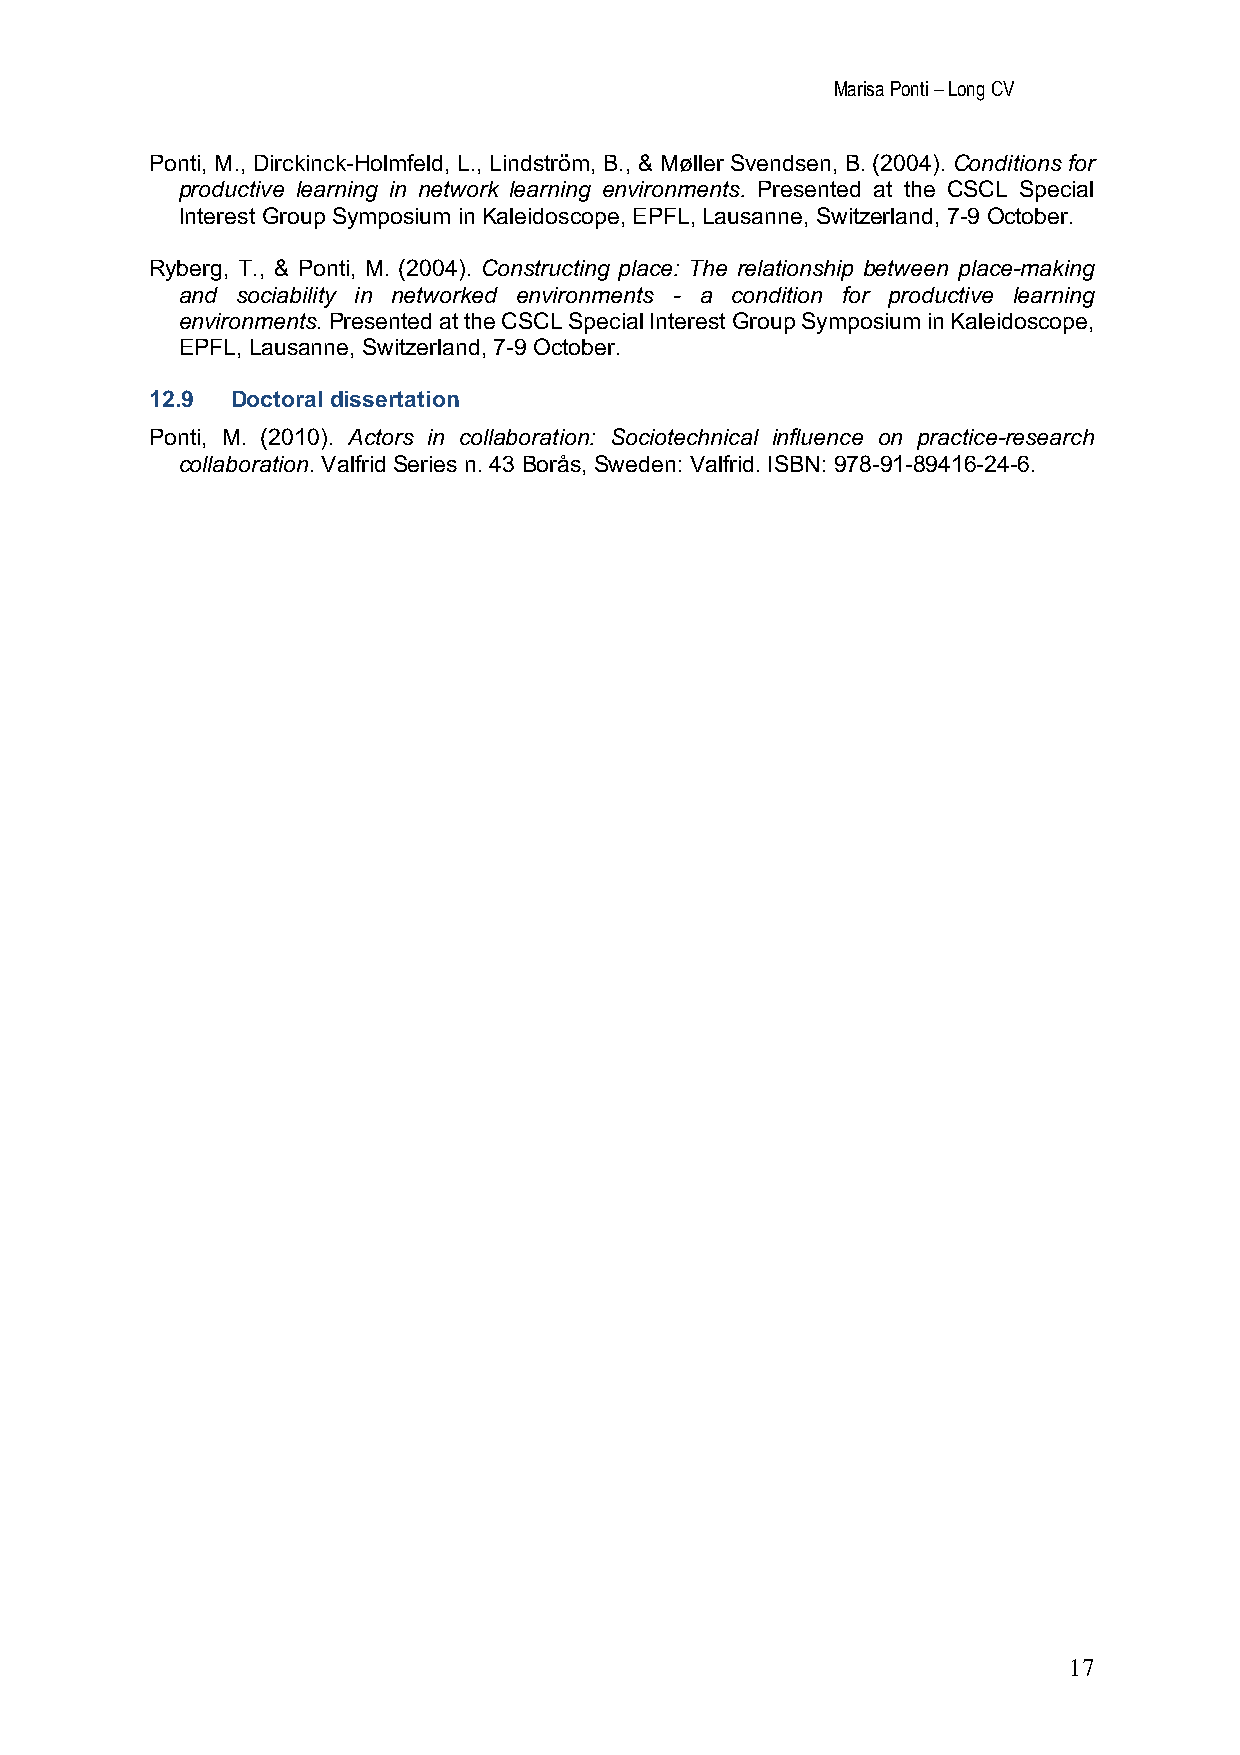
Marisa Ponti – Long CV
 Ponti, M., Dirckinck-Holmfeld, L., Lindström, B., & Møller Svendsen, B. (2004). Conditions for
 productive learning in network learning environments. Presented at the CSCL Special
 Interest Group Symposium in Kaleidoscope, EPFL, Lausanne, Switzerland, 7-9 October.
 Ryberg, T., & Ponti, M. (2004). Constructing place: The relationship between place-making
 and sociability in networked environments - a condition for productive learning
 environments. Presented at the CSCL Special Interest Group Symposium in Kaleidoscope,
 EPFL, Lausanne, Switzerland, 7-9 October.
 12.9 Doctoral dissertation
 Ponti, M. (2010). Actors in collaboration: Sociotechnical influence on practice-research
 collaboration. Valfrid Series n. 43 Borås, Sweden: Valfrid. ISBN: 978-91-89416-24-6.
 17